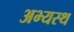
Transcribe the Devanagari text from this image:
अभ्यस्थ